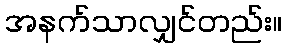
အနက်သာလျှင်တည်း။